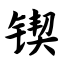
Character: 锲